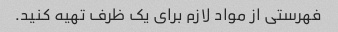
فهرستی از مواد لازم برای یک ظرف تهیه کنید.